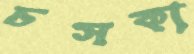
চসকা